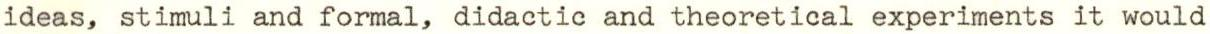
ideas, stimuli and formal, didactic and theoretical experiments it would